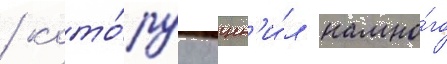
/ кото́руу оцен'и́л намно́го